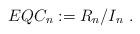
LaTeX: \begin{align*}EQC_n := R_n/I_n~.\end{align*}